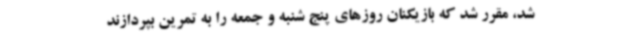
شد، مقرر شد که بازیکنان روزهای پنج شنبه و جمعه را به تمرین بپردازند